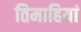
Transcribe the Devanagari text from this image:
तिमाहियां